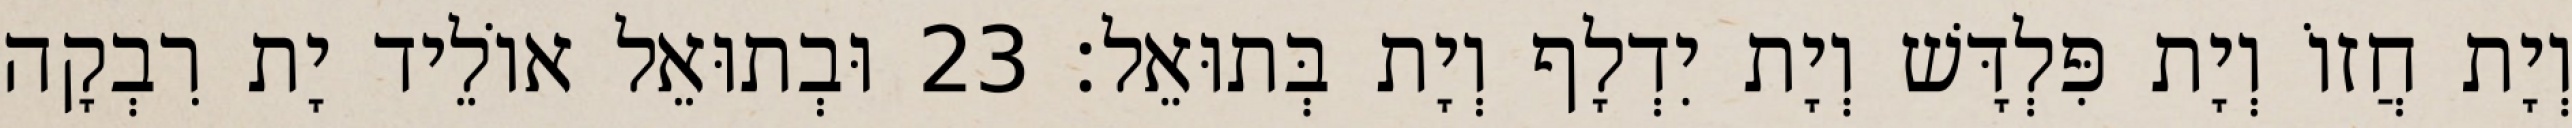
וְיָת חֲזוֹ וְיָת פִּלְדָּשׁ וְיָת יִדְלָף וְיָת בְּתוּאֵל׃ 23 וּבְתוּאֵל אוֹלֵיד יָת רִבְקָה